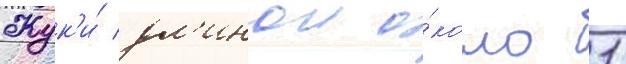
Жук'и́ дл'инои о́коло 1